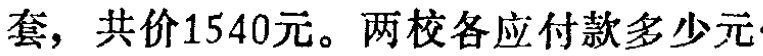
套，共价1540元。两校各应付款多少元